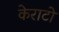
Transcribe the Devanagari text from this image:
केराटो